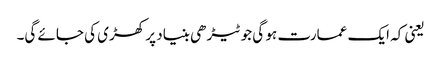
یعنی کہ ایک عمارت ہو گی جو ٹیڑھی بنیاد پر کھڑی کی جائے گی۔